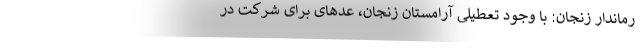
رماندار زنجان: با وجود تعطیلی آرامستان زنجان، عدهای برای شرکت در